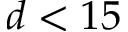
d < 1 5